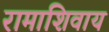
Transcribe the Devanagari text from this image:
रामाशिवाय